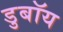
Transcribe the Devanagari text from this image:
डुबॉय